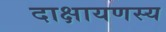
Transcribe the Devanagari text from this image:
दाक्षायणस्य